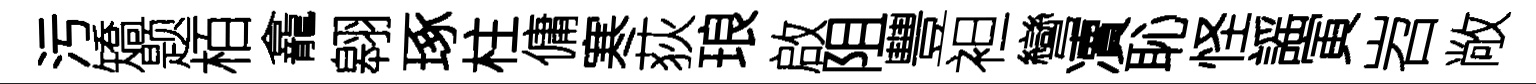
污矯题栢龕翱琢柱傭寒荻琅啟阻豐袒彎凟恥怪謡寅岧敞